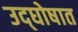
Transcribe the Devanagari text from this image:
उद्‌घोषात